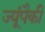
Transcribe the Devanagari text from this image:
ज्यूंपैकी